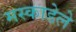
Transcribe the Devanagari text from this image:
मस्काडेले